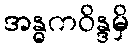
အန္ဓကဝိန္ဒမှိ